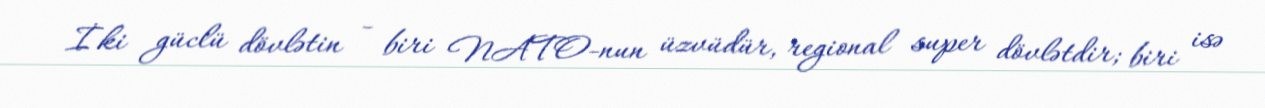
İki güclü dövlətin - biri NATO-nun üzvüdür, regional super dövlətdir; biri isə